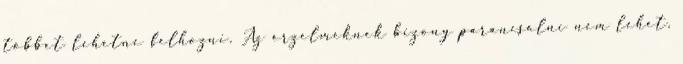
többet lehetne felhozni. Az érzelmeknek bizony parancsolni nem lehet,